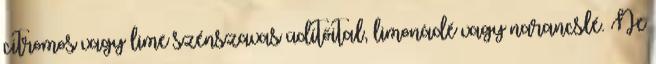
citromos vagy lime szénszavas üdítőital, limonádé vagy narancslé. Ne